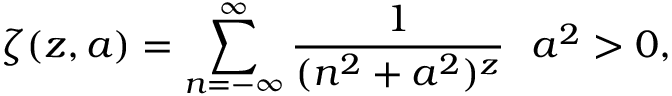
\zeta ( z , a ) = \sum _ { n = - \infty } ^ { \infty } \frac { 1 } { ( n ^ { 2 } + a ^ { 2 } ) ^ { z } } \, \, \, \, a ^ { 2 } > 0 ,